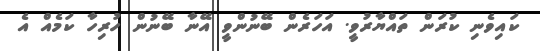
ކައިވެނި ކުރަން ތައްޔާރުވީ. އަހަރެން ބޭނުންވީ އޭނާ ބޭނުން ހުރިހާ ކަމެއް އެ